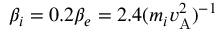
\beta _ { i } = 0 . 2 \beta _ { e } = 2 . 4 ( m _ { i } v _ { \mathrm { A } } ^ { 2 } ) ^ { - 1 }